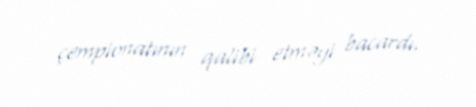
çempionatının qalibi etməyi bacardı.